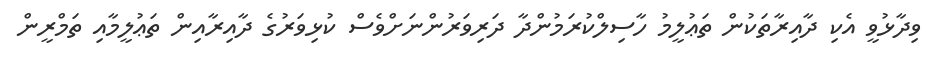
ވިދާޅުވީ އެކި ދާއިރާތަކުން ތަޢުލީމު ހާސިލްކުރަމުންދާ ދަރިވަރުންނަށްވެސް ކުޅިވަރުގެ ދާއިރާއިން ތަޢުލީމާއި ތަމްރީން